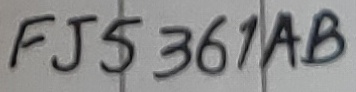
Text: FJ5361AB